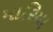
મારિયા